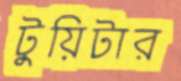
টুয়িটার